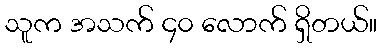
သူက အသက် ၄၀ လောက် ရှိတယ်။